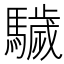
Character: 䮹